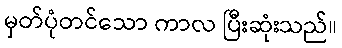
မှတ်ပုံတင်သော ကာလ ပြီးဆုံးသည်။